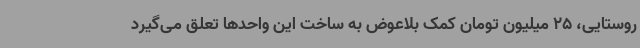
روستایی، 25 میلیون تومان کمک بلاعوض به ساخت این واحدها تعلق می‌گیرد